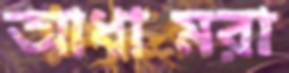
আধামরা